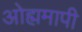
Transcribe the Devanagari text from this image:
ओह्ममापी